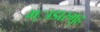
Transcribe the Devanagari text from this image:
भ्ाडारगृह